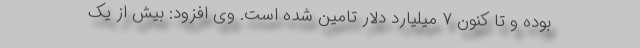
بوده و تا کنون ۷ میلیارد دلار تامین شده است. وی افزود: بیش از یک